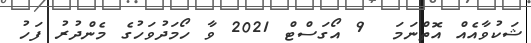
ޝަކުވާއެއް އޮތްނަމަ  9 އޯގަސްޓް 2021 ވާ ހޯމަދުވަހުގެ މެންދުރު ފަހު